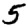
Digit: 5